Jaan_Tonisson_(Lasteleht), lk 124
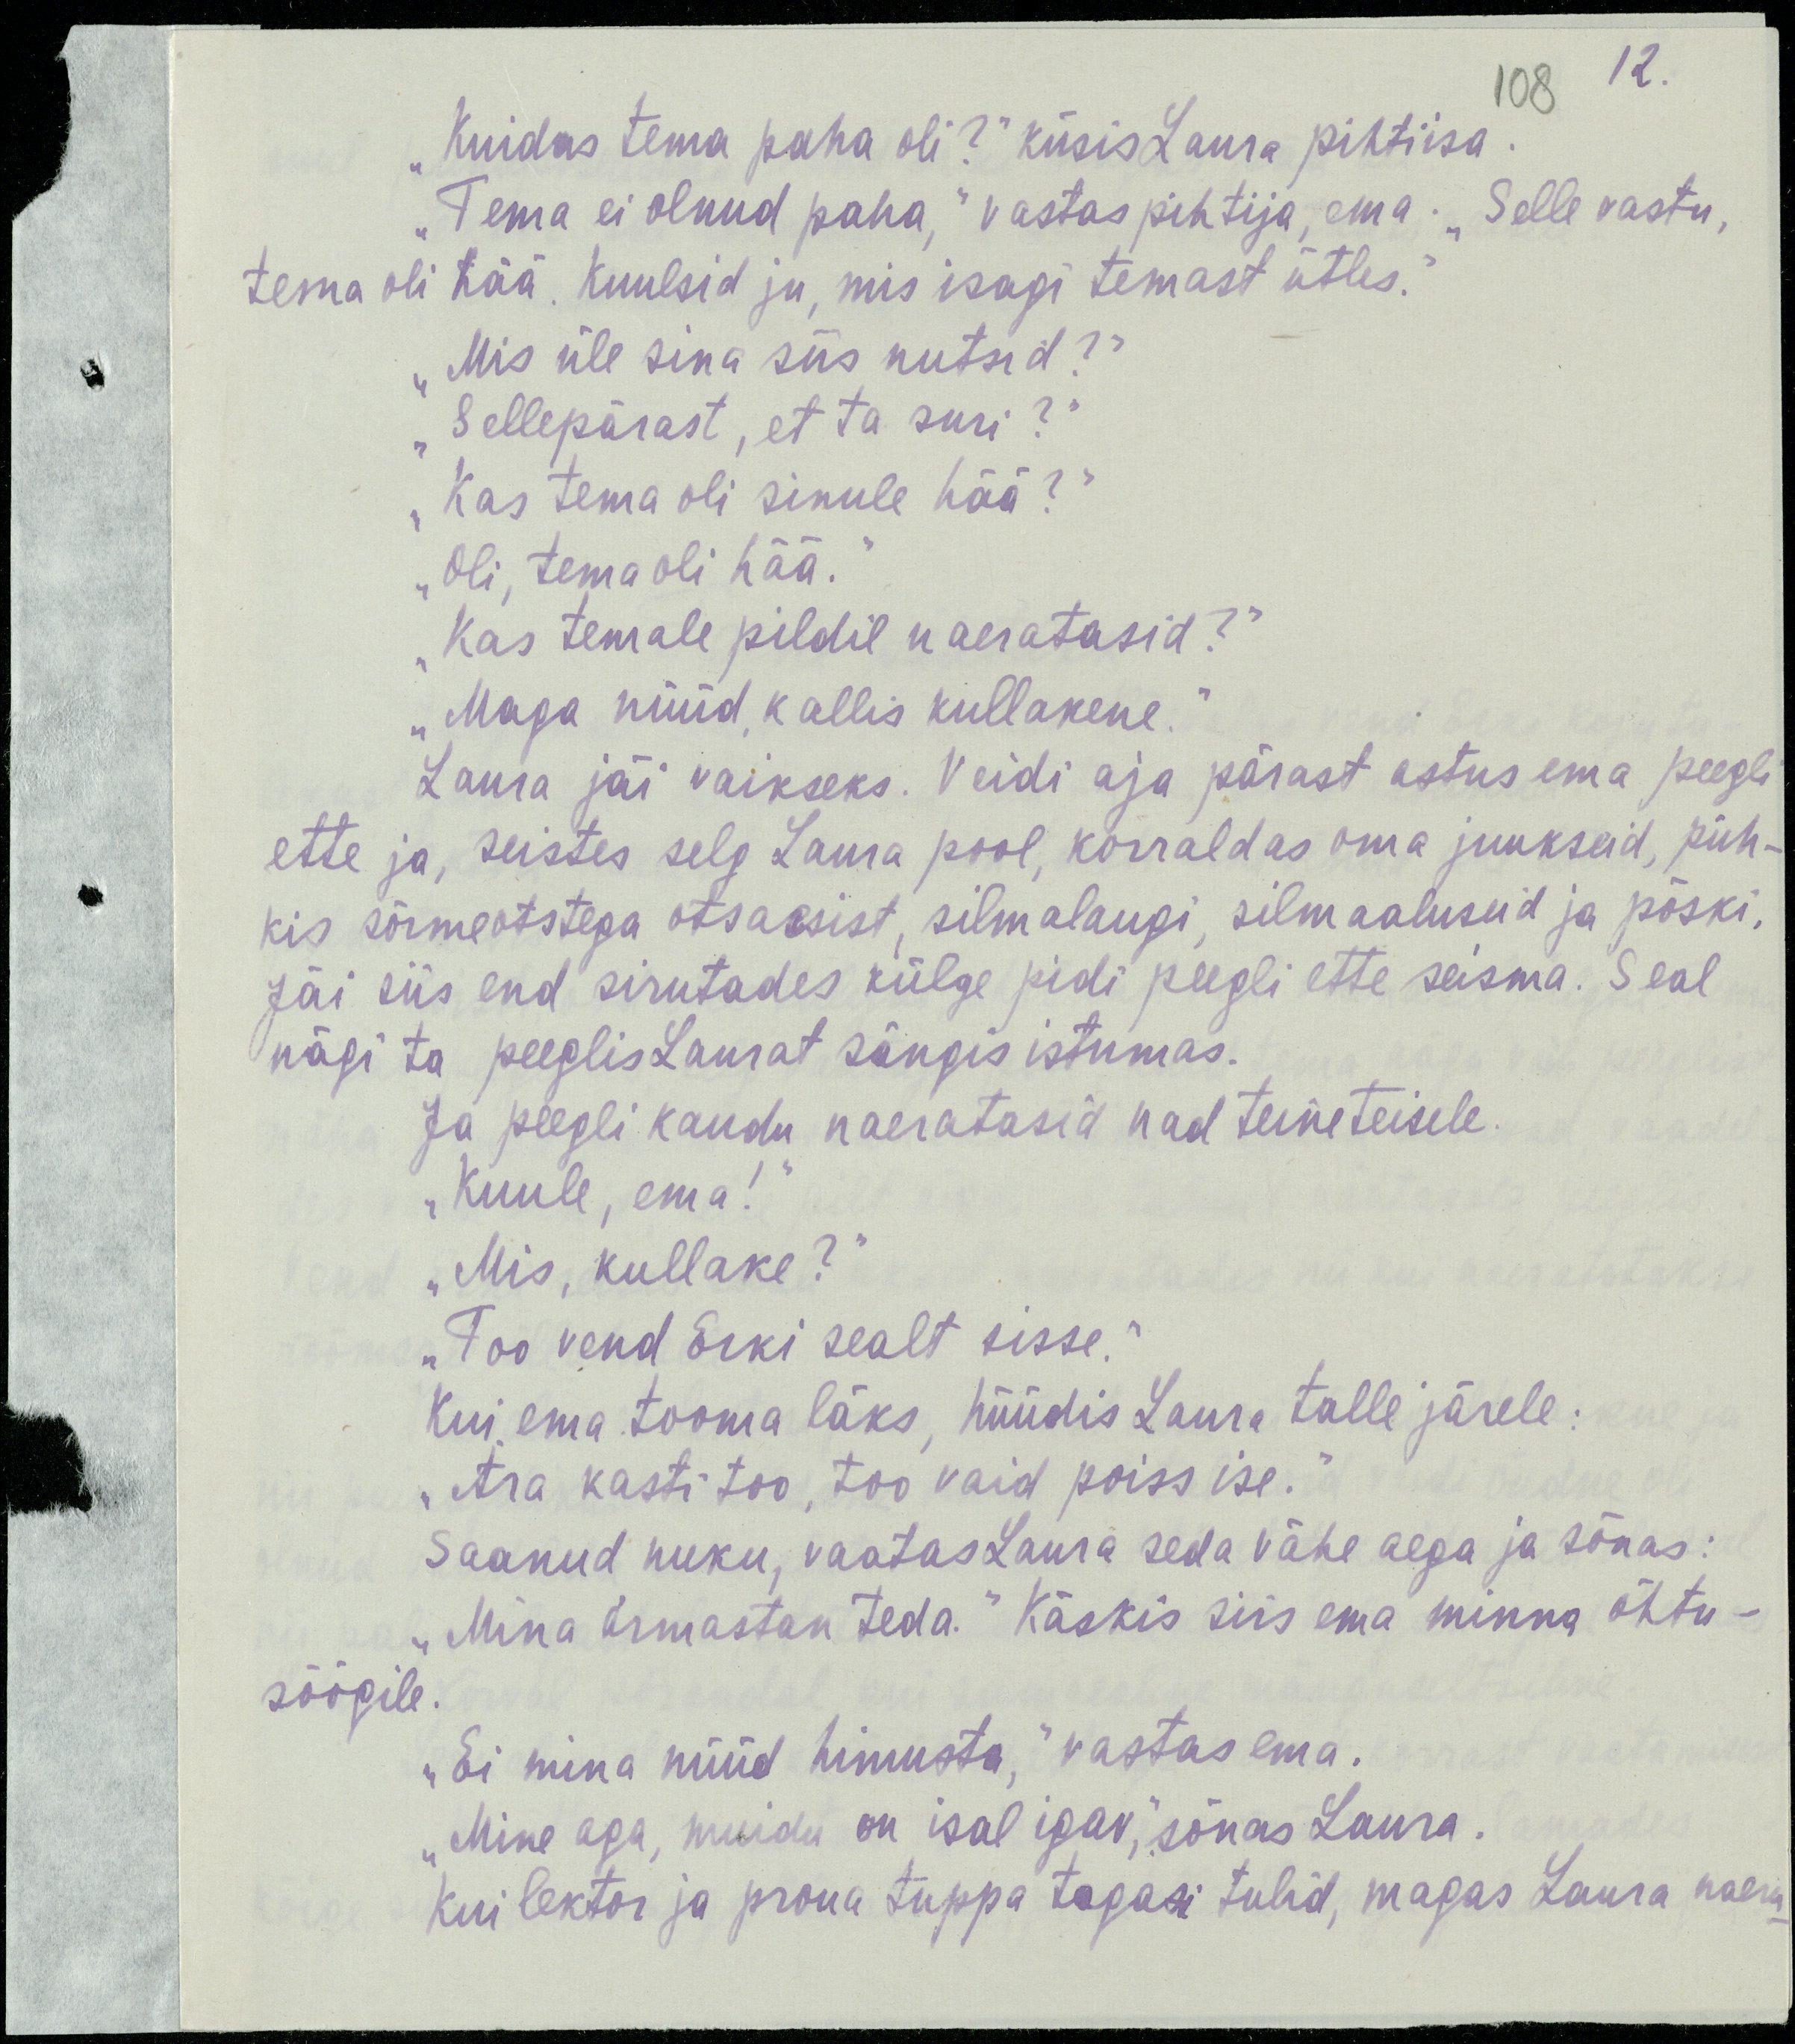
12.
108
„Kuidas tema paha oli?“ küsis Laura pihtiisa.
„Tema ei olnud paha,“ vastas pihtija, ema. „Selle vastu,
tema oli hää. Kuulsid ju, mis isagi temast ütles.“
„Mis üle sina siis nutsid?“
"Sellepärast, et ta suri?“
„Kas tema oli sinule hää?“
„Oli, tema oli hää.“
„Kas temale pildil naeratasid?“
„Maga nüüd kallis kullakene.“
Laura jäi vaikseks. Veidi aja pärast astus ema peegli
ette ja, seistes selg Laura pool, korraldas oma juukseid, püh-
kis sõrmeotstega otsaesist, silmalaugi, silmaaluseid ja põski,
Jäi siis end sirutades külge pidi peegli ette seisma. Seal
nägi ta peeglis Laurat sängis istumas.
Ja peegli kaudu naeratasid nad teineteisele.
„Kuule, ema!“
„Mis, kullake?“
„Too vend Erki sealt sisse.“
Kui ema tooma läks, hüüdis Laura talle järele:
„Ära kasti too, too vaid poiss ise.“
Saanud nuku, vaatas Laura seda vähe aega ja sõnas:
„Mina armastan teda.“ Käskis siis ema minna õhtu-
söögile.
„Ei mina nüüd himusta,“ vastas ema.
„Mine aga, muidu on isal igav,“ sõnas Laura.
Kui lektor ja proua tuppa tagasi tulid, magas Laura naeru-